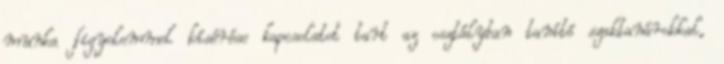
munka figyelemmel kísérése kapcsolatot tart az osztályban tanító szaktanárokkal,